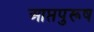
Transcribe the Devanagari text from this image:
आप्तपुरूष